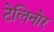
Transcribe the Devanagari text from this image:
टेलिनोर